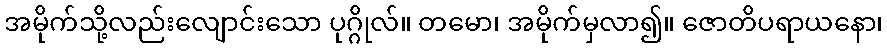
အမိုက်သို့လည်းလျောင်းသော ပုဂ္ဂိုလ်။ တမော၊ အမိုက်မှလာ၍။ ဇောတိပရာယနော၊